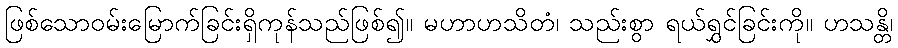
ဖြစ်သောဝမ်းမြောက်ခြင်းရှိကုန်သည်ဖြစ်၍။ မဟာဟသိတံ၊ သည်းစွာ ရယ်ရွှင်ခြင်းကို။ ဟသန္တိ၊